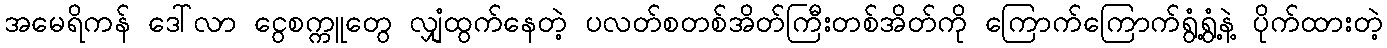
အမေရိကန် ဒေါ်လာ ငွေစက္ကူတွေ လျှံထွက်နေတဲ့ ပလတ်စတစ်အိတ်ကြီးတစ်အိတ်ကို ကြောက်ကြောက်ရွံ့ရွံ့နဲ့ ပိုက်ထားတဲ့